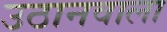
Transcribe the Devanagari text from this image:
उठानवाला